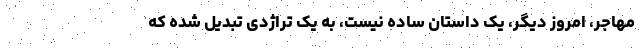
مهاجر، امروز دیگر، یک داستان ساده نیست، به یک تراژدی تبدیل شده که